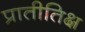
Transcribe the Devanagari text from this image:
प्रातीतिक्ष